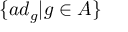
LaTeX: \{ a d _ { g } | g \in A \}